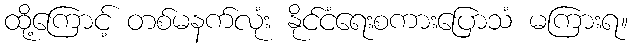
ထို့ကြောင့် တစ်မနက်လုံး နိုင်ငံရေးစကားပြောသံ မကြားရ။